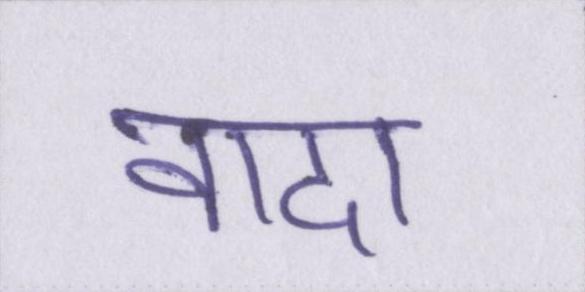
वादा